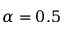
\alpha = 0 . 5